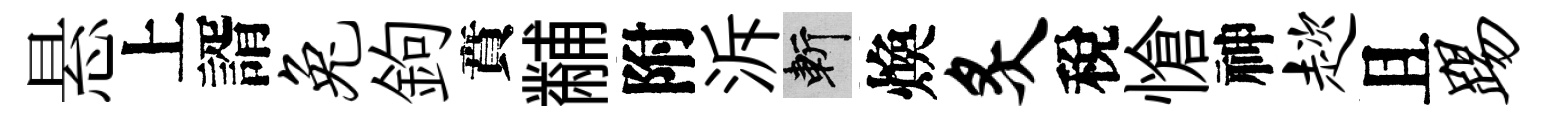
悬上諝兔鉤賁黼附泝斬煥炙稅愴神趑且踢